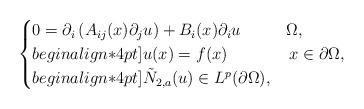
LaTeX: \begin{align*}\begin{cases}0=\partial_{i}\left(A_{ij}(x)\partial_{j}u\right) +B_{i}(x)\partial_{i}u & \Omega,\\begin{align*}4pt]u(x)=f(x) & \,x\in\partial\Omega, \\begin{align*}4pt]\tilde{N}_{2,a}(u) \in L^{p}(\partial \Omega), &\end{cases}\end{align*}